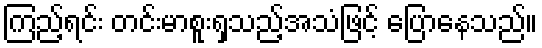
ကြည့်ရင်း တင်းမာစူးရှသည့်အသံဖြင့် ပြောနေသည်။